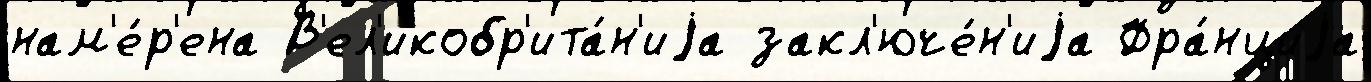
нам'е́р'ена В'ел'икобр'ита́н'иjа закл'юче́н'иjа Фра́нциjа